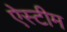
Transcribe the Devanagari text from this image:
ऐस्टीम